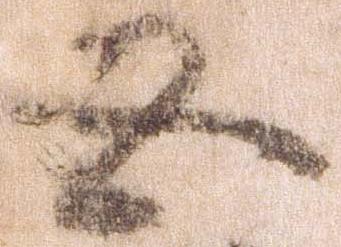
五